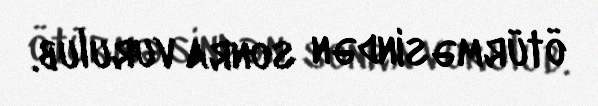
ötürməsindən sonra vurulub.